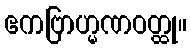
ဧကဗြာဟ္မဏဝတ္ထု။